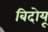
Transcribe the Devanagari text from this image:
बिदोयू